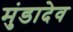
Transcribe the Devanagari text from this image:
मुंडादेव